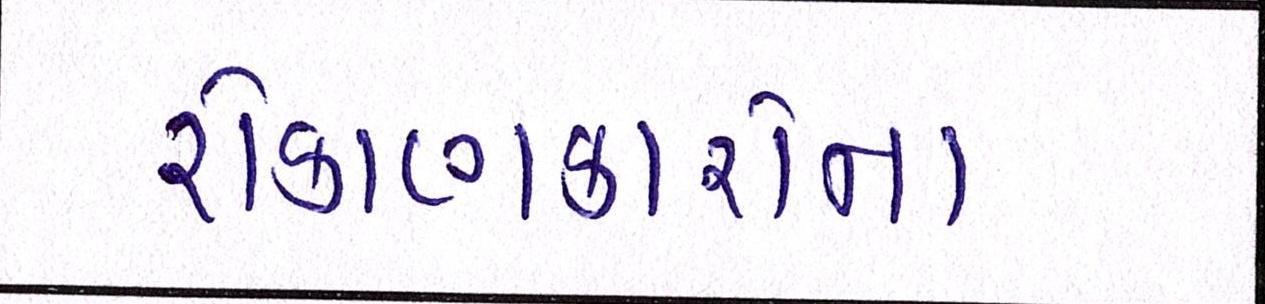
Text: રોકાણકારોના